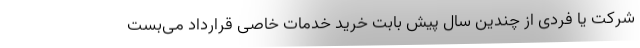
شرکت یا فردی از چندین سال پیش بابت خرید خدمات خاصی قرارداد می‌بست